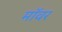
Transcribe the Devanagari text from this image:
मॉवर